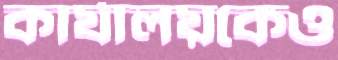
কার্যালয়কেও